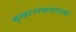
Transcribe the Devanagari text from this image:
सुखटणकरांनाला